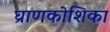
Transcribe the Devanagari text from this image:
घ्राणकोशिका